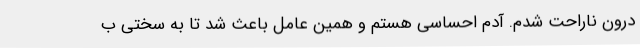
درون ناراحت شدم. آدم احساسی هستم و همین عامل باعث شد تا به سختی ب